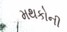
મથકોની